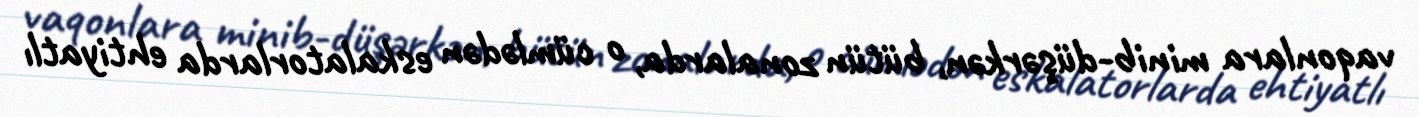
vaqonlara minib-düşərkən, bütün zonalarda, o cümlədən eskalatorlarda ehtiyatlı